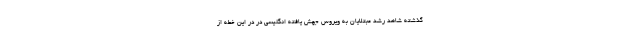
گذشته شاهد رشد مبتلایان به ویروس جهش یافته انگلیسی در در این خطه از